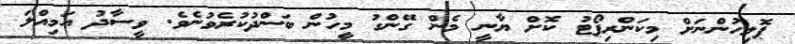
ޕޮލިހުންނަށް މިކަންރިޕޯޓު ކޮށް ޔާނީ މެން ގޭންގު މިީހުން ބަންދުކުރެވުނެވެ. ވީސާދު އަމިއްލަ